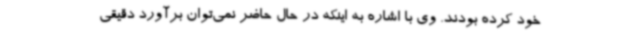
خود کرده بودند. وی با اشاره به اینکه در حال حاضر نمی‌توان برآورد دقیقی